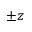
\pm z